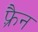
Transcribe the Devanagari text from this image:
फ़्रैन